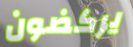
يركضون